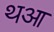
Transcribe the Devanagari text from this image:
थआ